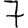
Digit: 7